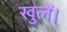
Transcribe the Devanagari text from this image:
खुलें।